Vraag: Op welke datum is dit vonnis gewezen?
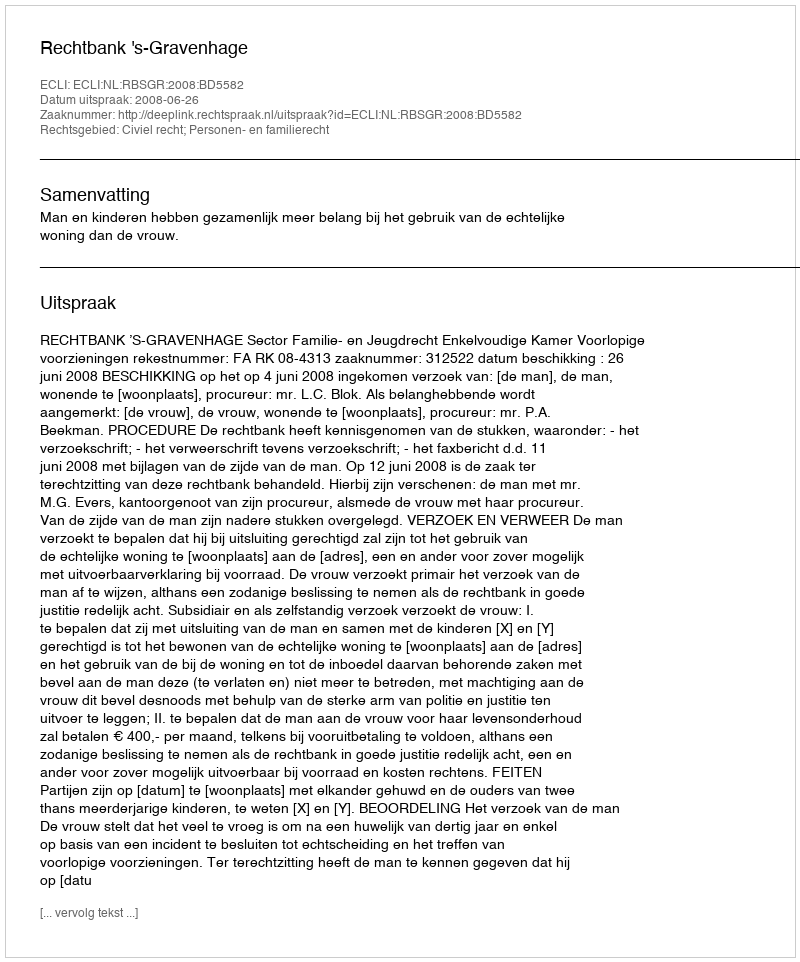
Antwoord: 2008-06-26